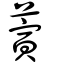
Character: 蔩